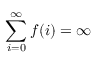
\sum _ { i = 0 } ^ { \infty } f ( i ) = \infty